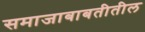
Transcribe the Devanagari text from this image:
समाजाबाबतीतील